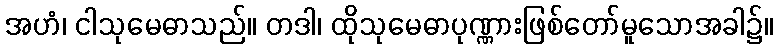
အဟံ၊ ငါသုမေဓာသည်။ တဒါ၊ ထိုသုမေဓာပုဏ္ဏားဖြစ်တော်မူသောအခါ၌။